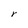
Character: r